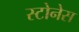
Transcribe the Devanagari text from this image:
स्टोनेस